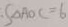
S _ { \Delta A O C } = 6